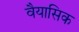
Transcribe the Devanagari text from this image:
वैयासिक